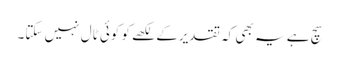
سچ ہے یہ بھی کہ تقدیرکے لکھے کو کوئی ٹال نہیں سکتا۔